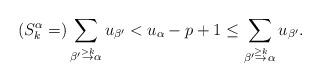
LaTeX: \begin{align*}(S_k^\alpha=) \sum_{\beta' \stackrel{>k}{\to} \alpha} u_{\beta'}<u_\alpha-p+1\le \sum_{\beta' \stackrel{\ge k}{\to} \alpha} u_{\beta'}.\end{align*}